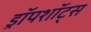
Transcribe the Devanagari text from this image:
ड्रॉपशॉट्स